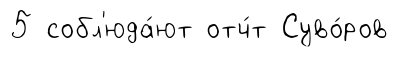
5 собл'юда́ют отч́т Суво́ров